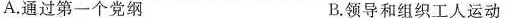
A.通过第一个党纲 B.领导和组织工人运动